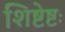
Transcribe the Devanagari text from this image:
शिष्टेष्टः